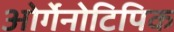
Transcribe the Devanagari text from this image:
ओर्गेनोटिपिक